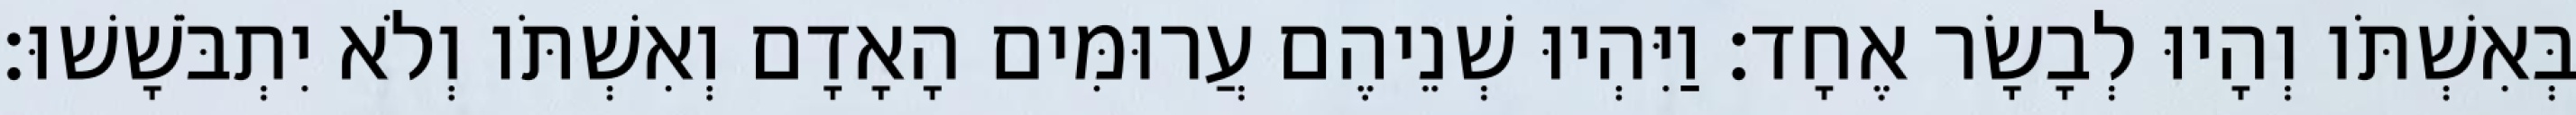
בְּאִשְׁתֹּו וְהָיוּ לְבָשָׂר אֶחָד׃ וַיִּהְיוּ שְׁנֵיהֶם עֲרוּמִּים הָאָדָם וְאִשְׁתֹּו וְלֹא יִתְבֹּשָׁשׁוּ׃